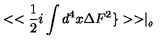
< < \frac { 1 } { 2 } i \int d ^ { 4 } x \Delta F ^ { 2 } \} > > \mid _ { _ { \theta } }